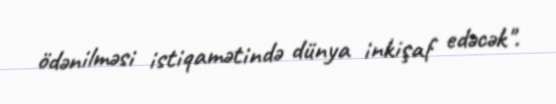
ödənilməsi istiqamətində dünya inkişaf edəcək".